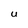
Character: U